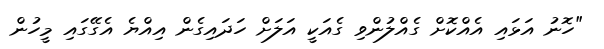
"ހޮނު އަޅައި އެއްކޮށް ގެއްލުންވި ގެއަކީ އަލަށް ހަދައިގެން އިއްޔެ އެގޭގައި މީހުން